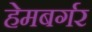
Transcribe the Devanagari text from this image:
हेमबर्गर